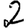
Digit: 2